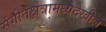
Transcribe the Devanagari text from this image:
संगीतक्षेत्रामध्येदेखील